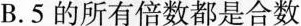
B.5的所有倍数都是合数